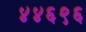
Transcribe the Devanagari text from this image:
४४६९६